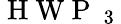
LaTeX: \mathrm{~H~W~P~}_{\mathrm{~3~}}